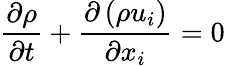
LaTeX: \frac{\partial\rho}{\partial t}+\frac{\partial\left(\rho u_{i}\right)}{\partial x_{i}}=0